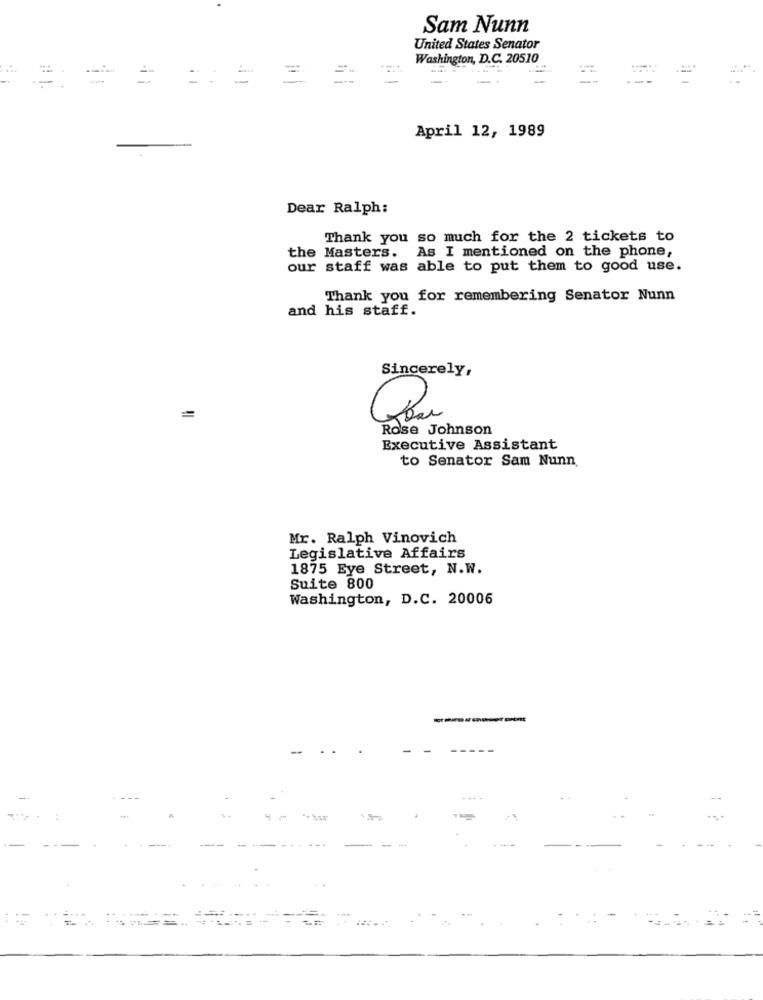
Sam Nunn
United States Senator
Washington, D.C. 20510
April 12, 1989
-
Dear Ralph:
Thank you so much for the 2 tickets to
the Masters. As I mentioned on the phone,
our staff was able to put them to good use.
Thank you for remembering Senator Nunn
and his staff.
Sincerely,
Rose Johnson
Executive Assistant
to Senator Sam Nunn.
Mr. Ralph Vinovich
Legislative Affairs
1875 Eye Street, N.W.
Suite 800
Washington, D.C. 20006
-
...
----
- -